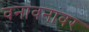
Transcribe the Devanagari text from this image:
वनांवनांवर